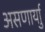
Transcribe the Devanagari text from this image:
असणार्याु